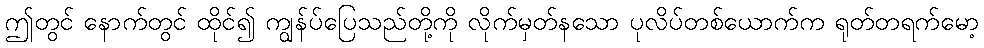
ဤတွင် နောက်တွင် ထိုင်၍ ကျွန်ပ်ပြေသည်တို့ကို လိုက်မှတ်နသော ပုလိပ်တစ်ယောက်က ရုတ်တရက်မော့